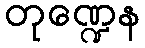
တုဏ္ဍေန